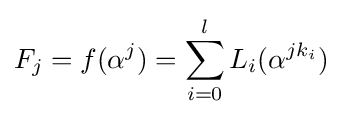
F_{j}=f(\alpha ^{j})=\sum _{i=0}^{l}L_{i}(\alpha ^{jk_{i}})